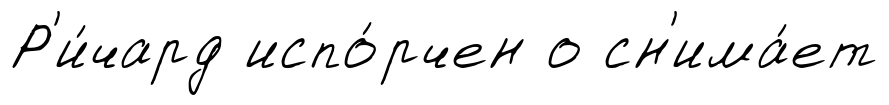
Р'и́чард испо́рчен о сн'има́ет